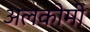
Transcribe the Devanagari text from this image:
अलकोमी